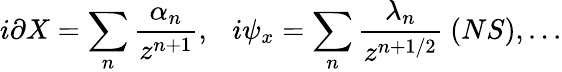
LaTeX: i\partial X=\sum_{n}{\frac{\alpha_{n}}{z^{n+1}}},\ \ \ i\psi_{x}=\sum_{n}{\frac{\lambda_{n}}{z^{n+1/2}}}\ (NS),...